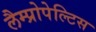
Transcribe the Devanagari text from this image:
लैम्प्रोपेल्टिस